342_HS1-416511228_319.1 Flying Discs 1949
Agency: Department of War
Incident date: 1/9/50
Page 32
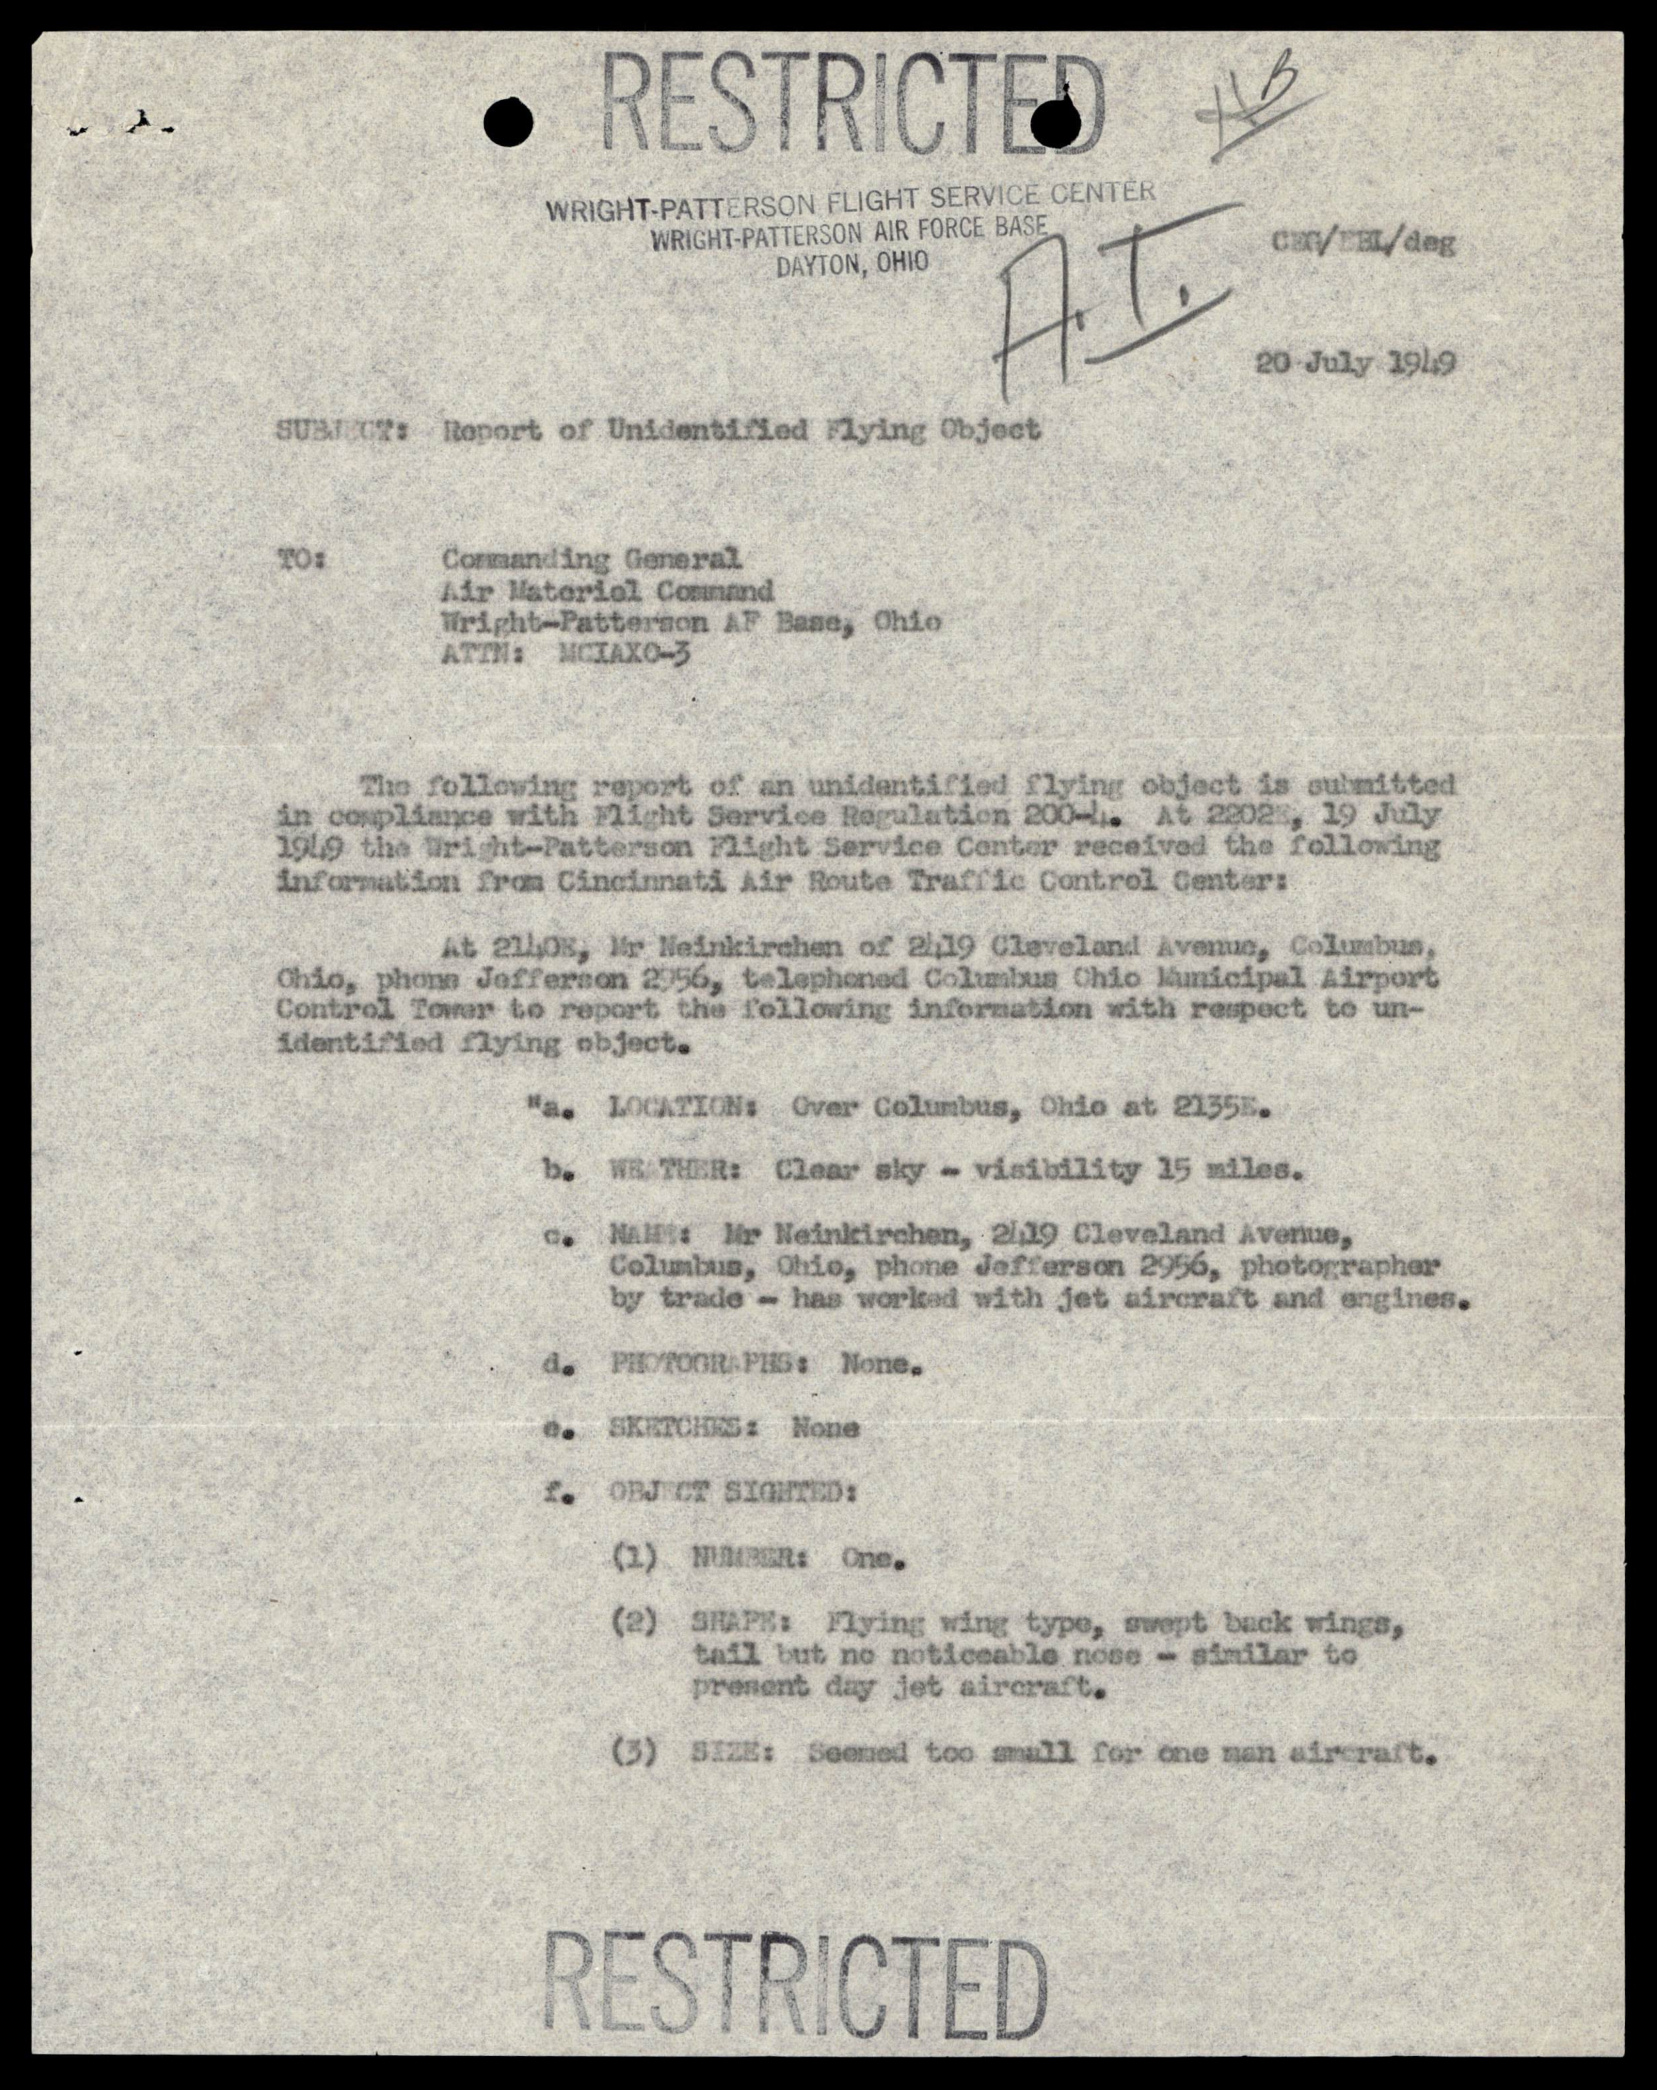